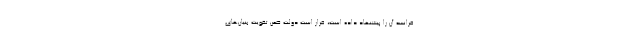
فرانسه آن را پیشنهاد داده است، قرار است دولت ضمن تقویت بنیان‌های